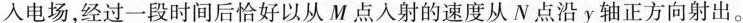
人电场，经过一段时间后恰好以从M点入射的速度从N点沿y轴正方向射出。